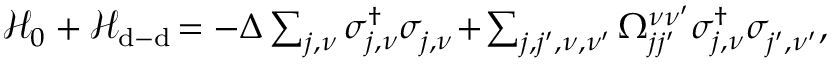
\begin{array} { r } { \mathcal { H } _ { 0 } + \mathcal { H } _ { \mathrm { d - d } } \! = - \Delta \sum _ { j , \nu } \sigma _ { j , \nu } ^ { \dagger } \sigma _ { j , \nu } ^ { \phantom { \dagger } } \! + \! \sum _ { j , j ^ { \prime } , \nu , \nu ^ { \prime } } \Omega _ { j j ^ { \prime } } ^ { \nu \nu ^ { \prime } } \sigma _ { j , \nu } ^ { \dagger } \sigma _ { j ^ { \prime } , \nu ^ { \prime } } ^ { \phantom { \dagger } } , } \end{array}